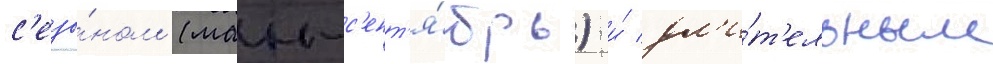
с'езо́ном (маи-с'ент'я́брь) и́ дл'и́т'ельным